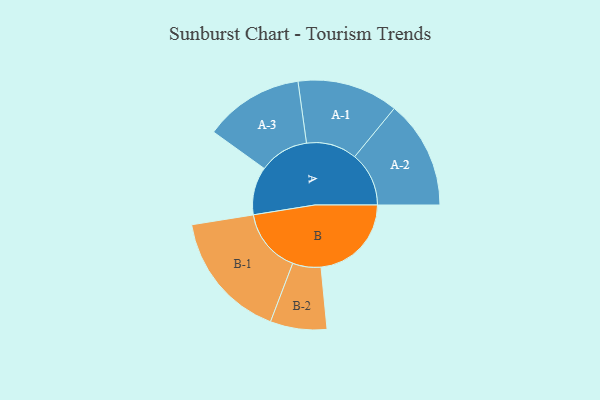
{"axis": {"x": "Segment", "y": "Value"}, "legend": ["", "A", "B"], "data": [{"x": "A", "y": 224, "type": ""}, {"x": "B", "y": 422, "type": ""}, {"x": "A-1", "y": 236, "type": "A"}, {"x": "A-2", "y": 253, "type": "A"}, {"x": "A-3", "y": 232, "type": "A"}, {"x": "B-1", "y": 300, "type": "B"}, {"x": "B-2", "y": 132, "type": "B"}]}